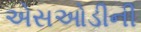
એસઓડીની